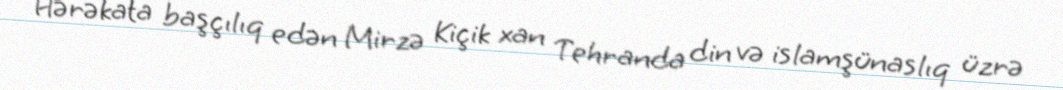
Hərəkata başçılıq edən Mirzə Kiçik xan Tehranda din və islamşünaslıq üzrə